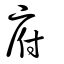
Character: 府